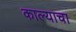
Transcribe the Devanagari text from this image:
काल्याचा